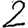
Digit: 2